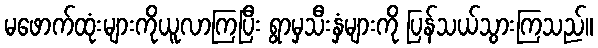
မဖောက်ထုံးများကိုယူလာကြပြီး ရွာမှသီးနှံများကို ပြန်သယ်သွားကြသည်။